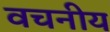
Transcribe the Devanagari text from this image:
वचनीय